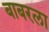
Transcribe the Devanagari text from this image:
बाबरला